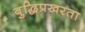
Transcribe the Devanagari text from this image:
बुद्धिप्रखरता